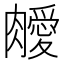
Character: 𦡝